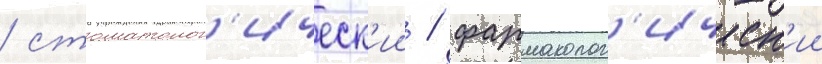
/ стоматолог'ическ'ии / фармаколог'ическ'ии